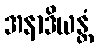
အနာဒိယန္တံ